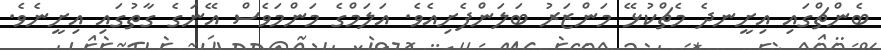
ބެންޗްގައި އިށީނދެ މެޗްކުޅޭ މަންޒަރު ބަލަންފެށިއެވެ. އަލަމްގެ މަންމަވެސް އޭނަގެ ގާތުގައި އިށީނެވެ.